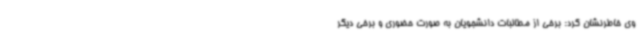
وی خاطرنشان کرد: برخی از مطالبات دانشجویان به صورت حضوری و برخی دیگر